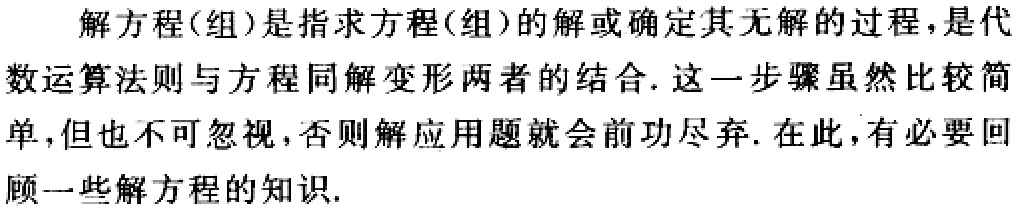
解方程(组)是指求方程(组)的解或确定其无解的过程，是代数运算法则与方程同解变形两者的结合. 这一步骤虽然比较简单,但也不可忽视,否则解应用题就会前功尽弃. 在此,有必要回顾一些解方程的知识.